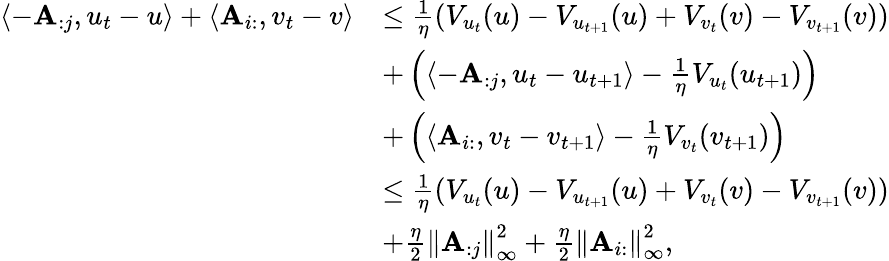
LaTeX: \begin{array}{rl}{\left\langle-\mathbf{A}_{:j},u_{t}-u\right\rangle+\left\langle\mathbf{A}_{i:},v_{t}-v\right\rangle}&{\le\frac 1\eta\left(V_{u_{t}}(u)-V_{u_{t+1}}(u)+V_{v_{t}}(v)-V_{v_{t+1}}(v)\right)}\\ &{+\left(\left\langle-\mathbf{A}_{:j},u_{t}-u_{t+1}\right\rangle-\frac{1}{\eta}V_{u_{t}}(u_{t+1})\right)}\\ &{+\left(\left\langle\mathbf{A}_{i:},v_{t}-v_{t+1}\right\rangle-\frac{1}{\eta}V_{v_{t}}(v_{t+1})\right)}\\ &{\le\frac 1\eta\left(V_{u_{t}}(u)-V_{u_{t+1}}(u)+V_{v_{t}}(v)-V_{v_{t+1}}(v)\right)}\\ &{+\frac{\eta}{2}\left\lVert\mathbf{A}_{:j}\right\rVert_{\infty}^{2}+\frac{\eta}{2}\left\lVert\mathbf{A}_{i:}\right\rVert_{\infty}^{2},}\end{array}